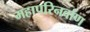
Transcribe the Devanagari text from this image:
महापरिनर्वाण